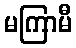
မကြာမီ